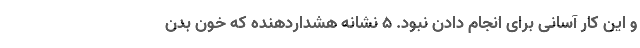
و این کار آسانی برای انجام دادن نبود. ۵ نشانه هشداردهنده که خون بدن